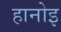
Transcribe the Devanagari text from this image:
हानोइ